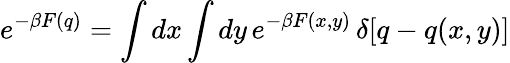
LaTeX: e^{-\beta F(q)}=\int dx\int dy\, e^{-\beta F(x,y)}\, \delta[q-q(x,y)]